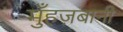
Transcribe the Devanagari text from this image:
मुँहज़बानी